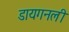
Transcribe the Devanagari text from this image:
डायगनली